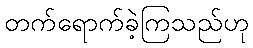
တက်ရောက်ခဲ့ကြသည်ဟု